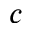
c